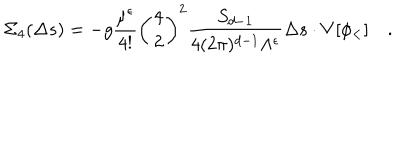
LaTeX: \Sigma _ { 4 } ( \Delta s ) = - { g } { \frac { \mu ^ { \epsilon } } { 4 ! } } \left( { 4 \atop 2 } \right) ^ { 2 } { \frac { S _ { d - 1 } } { 4 ( 2 \pi ) ^ { d - 1 } \Lambda ^ { \epsilon } } } \Delta s \cdot V [ \phi _ { < } ] \quad .